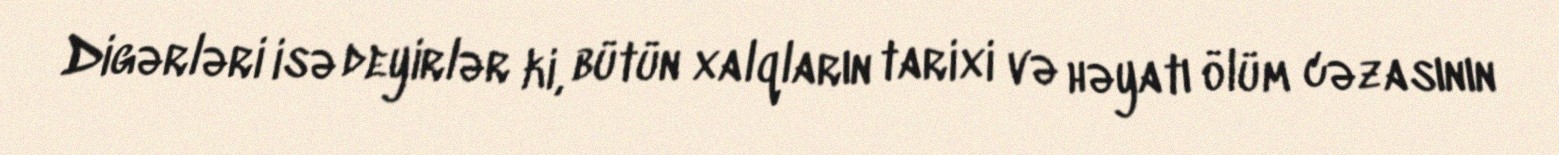
Digərləri isə deyirlər ki, bütün xalqların tarixi və həyatı ölüm cəzasının